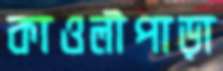
কাওলীপাড়া